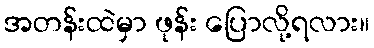
အတန်းထဲမှာ ဖုန်း ပြောလို့ရလား။